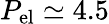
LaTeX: P_{\mathrm{el}}\simeq 4.5